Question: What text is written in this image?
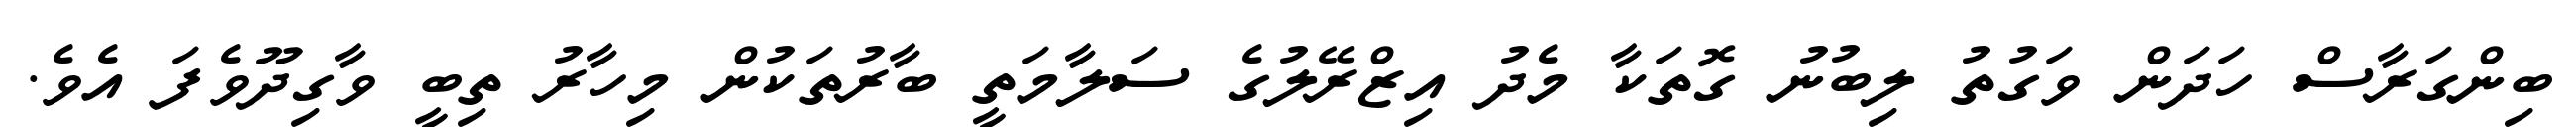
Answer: ބިންގަރާސް ހަދަން ވަގުތު ލިބުނު ގޮތަކާ މެދު އިޒްރޭލުގެ ސަލާމަތީ ބާރުތަކުން މިހާރު ތިބީ ވާގިދޫވެފަ އެވެ.